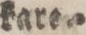
kare»